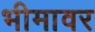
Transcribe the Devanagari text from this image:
भीमावर